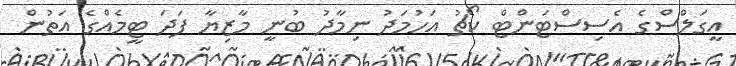
އީގަލްސްގެ އެސިސްޓަންޓް ކޯޗު އަހުމަދު ނިމާދު ބުނީ މާޒިޔާ ފަދަ ޓީމެއްގެ އަތުން